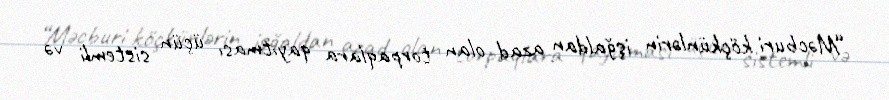
“Məcburi köçkünlərin işğaldan azad olan torpaqlara qayıtması üçün sistemli və